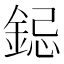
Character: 𮢁